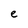
Character: e